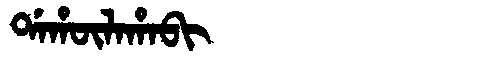
Manchu: ᡩᠠᡥᡡᠯᠠᡥᠠᠪᡳ
Romanization: DAHŪLAHABI